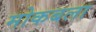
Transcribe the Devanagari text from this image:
मोकबला